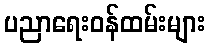
ပညာရေးဝန်ထမ်းများ